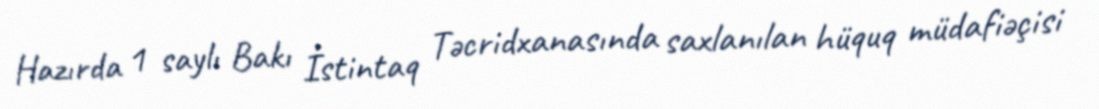
Hazırda 1 saylı Bakı İstintaq Təcridxanasında saxlanılan hüquq müdafiəçisi